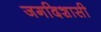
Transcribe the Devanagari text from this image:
जगदिशासी